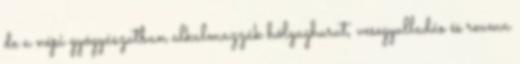
de a népi gyógyászatban alkalmazzák hólyaghurut, vesegyulladás és reuma